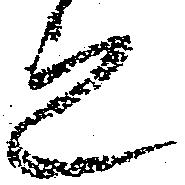
之